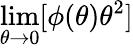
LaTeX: \operatorname*{lim}_{\theta\rightarrow 0}[\phi(\theta)\theta^{2}]